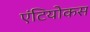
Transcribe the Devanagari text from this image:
एंटियोकस